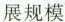
展规模